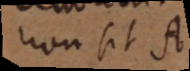
non sit A